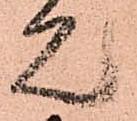
見